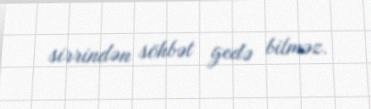
sirrindən söhbət gedə bilməz.